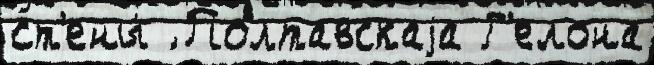
ст'ены́ ́ Полтавскаjа Г'елона